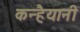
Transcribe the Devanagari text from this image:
कन्हैयानी